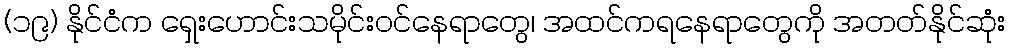
(၁၉) နိုင်ငံက ရှေးဟောင်းသမိုင်းဝင်နေရာတွေ၊ အထင်ကရနေရာတွေကို အတတ်နိုင်ဆုံး